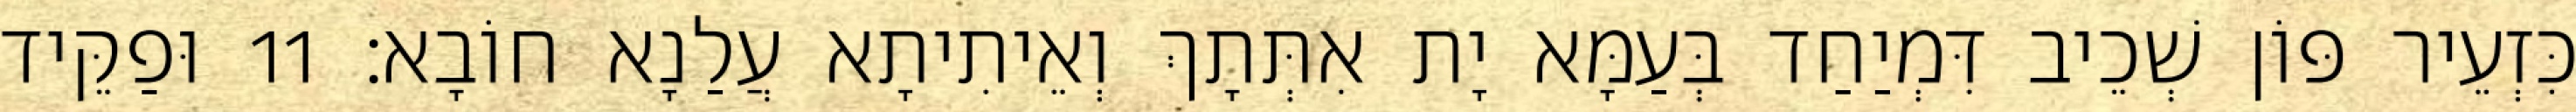
כִּזְעֵיר פּוֹן שְׁכֵיב דִּמְיַחַד בְּעַמָּא יָת אִתְּתָךְ וְאֵיתִיתָא עֲלַנָא חוֹבָא׃ 11 וּפַקֵּיד